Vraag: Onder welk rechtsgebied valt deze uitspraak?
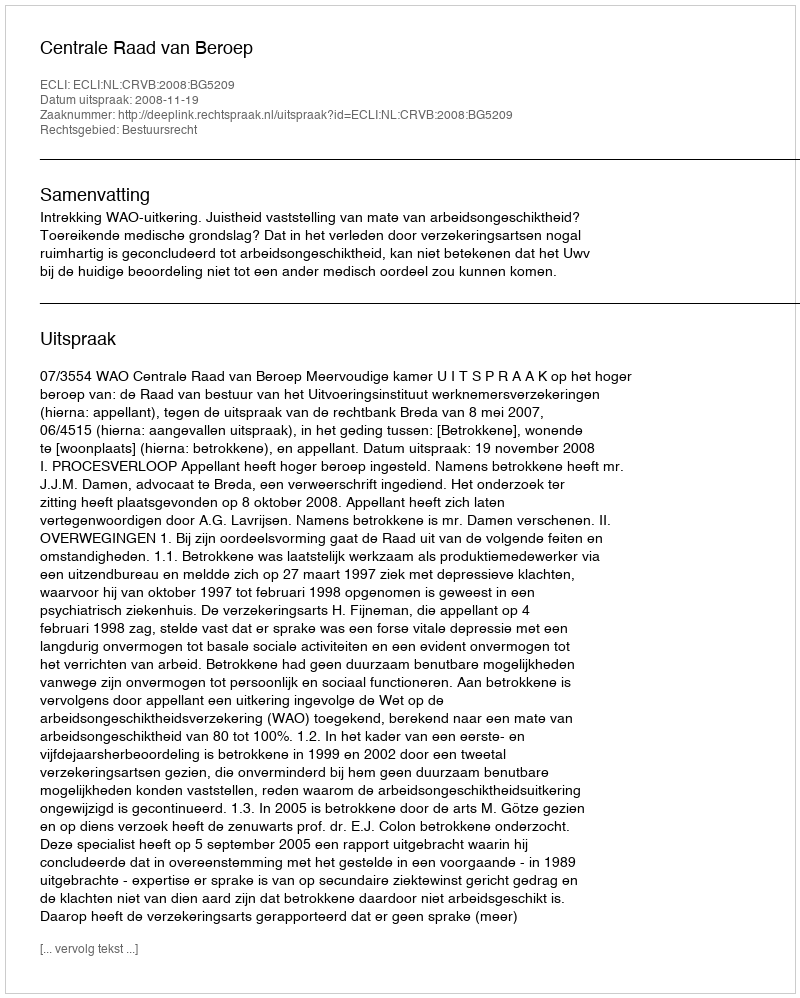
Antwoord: Bestuursrecht